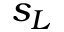
s _ { L }